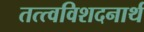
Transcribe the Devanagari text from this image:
तत्त्वविशदनार्थ